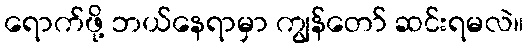
ရောက်ဖို့ ဘယ်နေရာမှာ ကျွန်တော် ဆင်းရမလဲ။